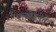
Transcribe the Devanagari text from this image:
एन्तोइनेते